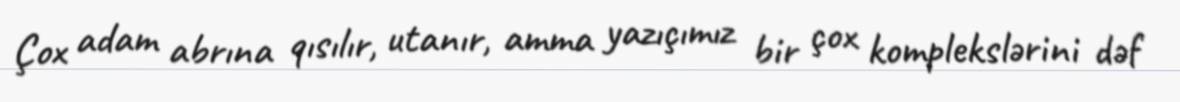
Çox adam abrına qısılır, utanır, amma yazıçımız bir çox komplekslərini dəf